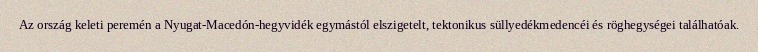
Az ország keleti peremén a Nyugat-Macedón-hegyvidék egymástól elszigetelt, tektonikus süllyedékmedencéi és röghegységei találhatóak.